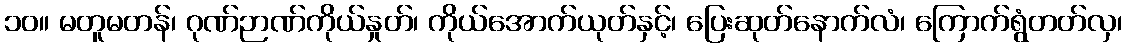
၁၀။ မတူမတန်၊ ဂုဏ်ဉာဏ်ကိုယ်နှုတ်၊ ကိုယ်အောက်ယုတ်နှင့်၊ ပြေးဆုတ်နောက်လံ၊ ကြောက်ရွံတတ်လှ၊